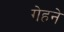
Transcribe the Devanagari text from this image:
गेहने